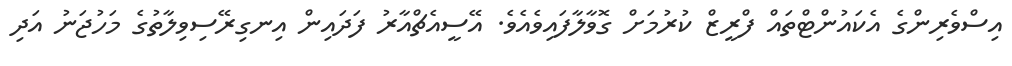
އިސްވެރިންގެ އެކައުންޓްތައް ފްރީޒް ކުރުމަށް ގޮވާލާފައިވެއެވެ. އޭސީއެޗްއާރު ފަދައިން އިނގިރޭސިވިލާތުގެ މަހުޖަނު އަދި